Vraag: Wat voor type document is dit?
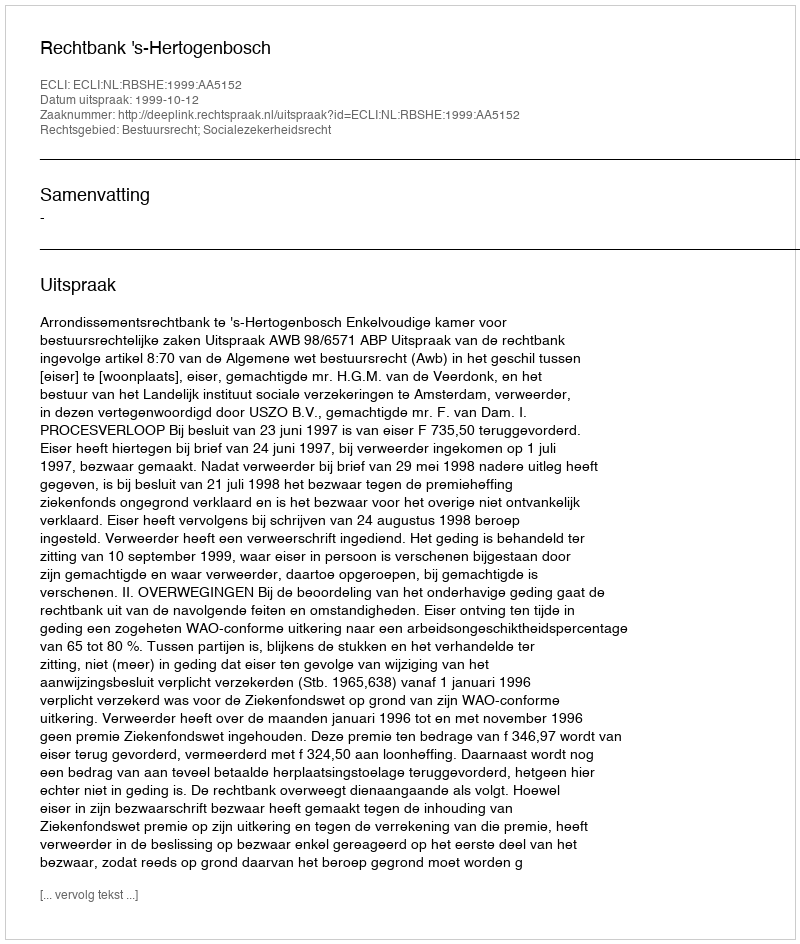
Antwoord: Uitspraak